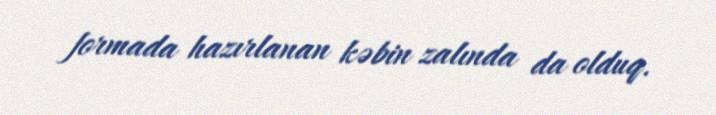
formada hazırlanan kəbin zalında da olduq.